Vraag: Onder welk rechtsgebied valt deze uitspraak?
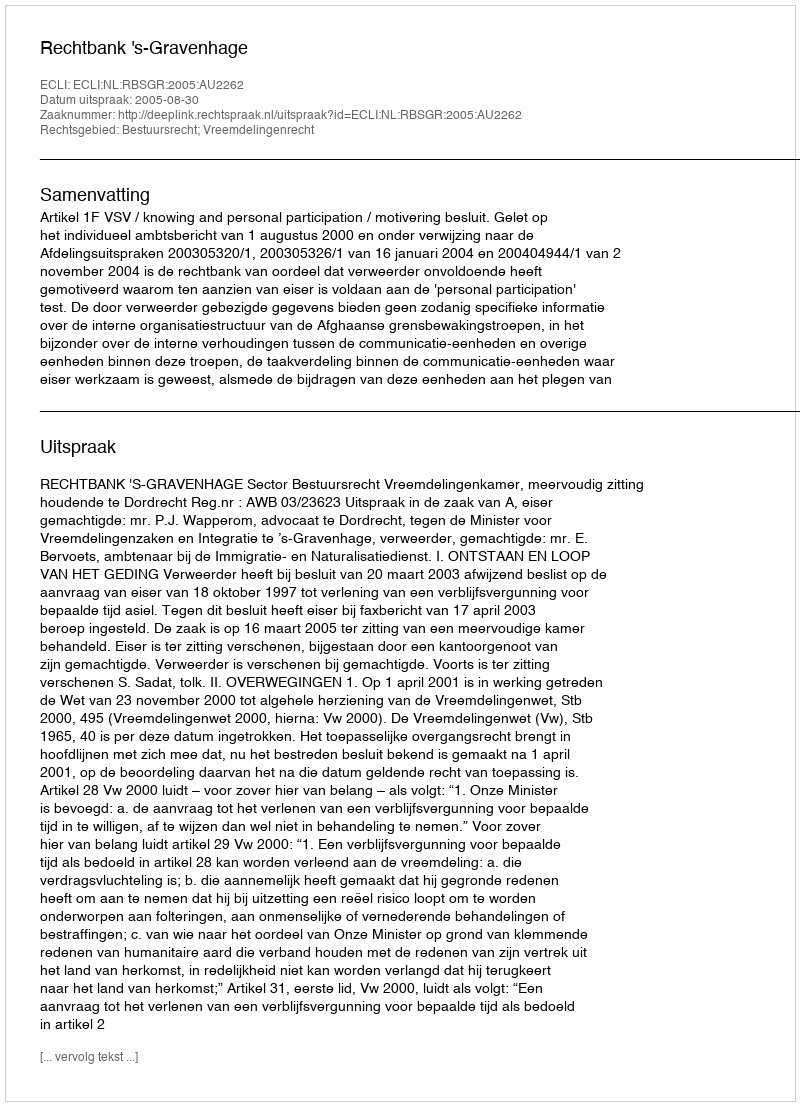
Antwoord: Bestuursrecht; Vreemdelingenrecht